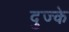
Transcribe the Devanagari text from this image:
दुज्के